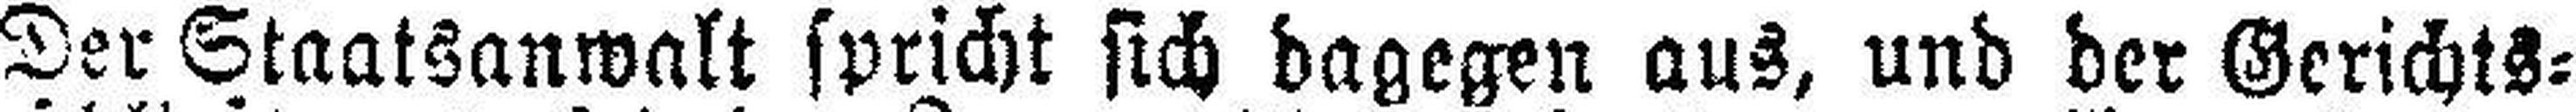
Der Staatsanwalt spricht sich dagegen aus, und der Gerichts¬